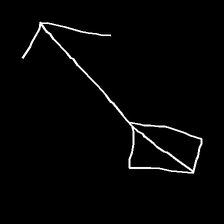
Glyph: focus